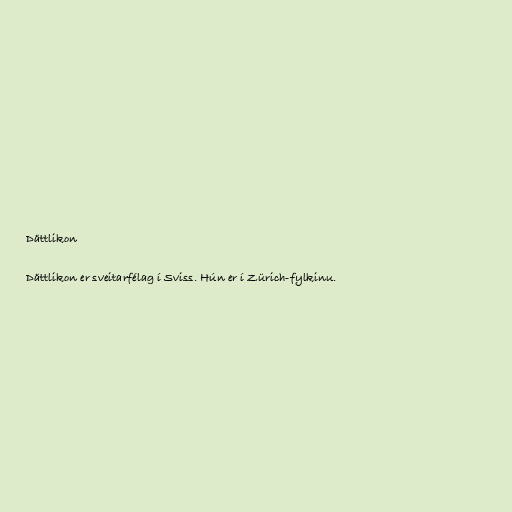
Dättlikon

Dättlikon er sveitarfélag í Sviss. Hún er í Zürich-fylkinu.